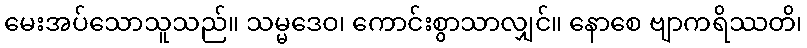
မေးအပ်သောသူသည်။ သမ္မဒေဝ၊ ကောင်းစွာသာလျှင်။ နောစေ ဗျာကရိဿတိ၊